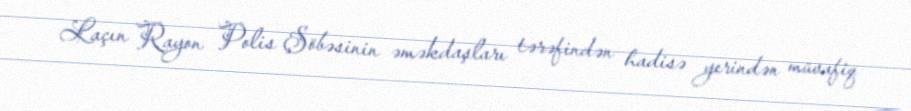
Laçın Rayon Polis Şöbəsinin əməkdaşları tərəfindən hadisə yerindən müvafiq